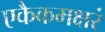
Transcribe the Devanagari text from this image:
एकैकमक्षरं